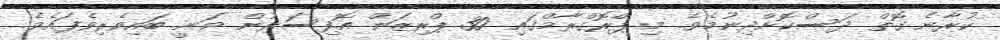
ކުރާނެ ގޮތް ދަސްކޮށްދިނުމެވެ. މި ޕްރޮގްރާމްގައި 30 ޕްރިޒަން އޮފިސަރުން ވަނީ ބައިވެރިވެފައެވެ.